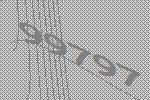
99797